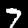
Digit: 7